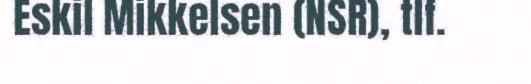
Eskil Mikkelsen (NSR), tlf.